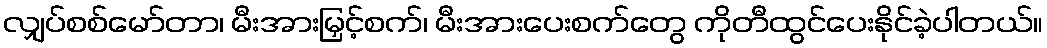
လျှပ်စစ်မော်တာ၊ မီးအားမြှင့်စက်၊ မီးအားပေးစက်တွေ ကိုတီထွင်ပေးနိုင်ခဲ့ပါတယ်။